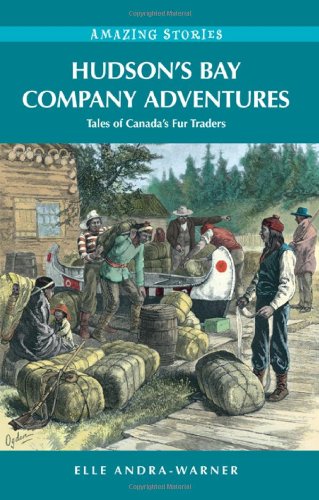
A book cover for Hudson's Bay Company Adventures: Tales of Canada's Fur Traders (Amazing Stories); Elle Andra-Warner; Biographies & Memoirs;